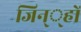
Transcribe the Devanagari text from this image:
जिन््हों